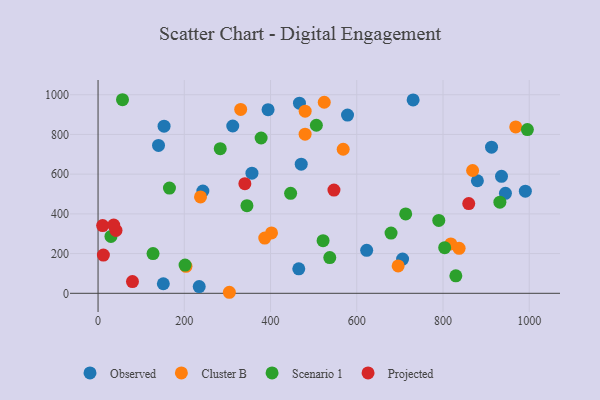
{"axis": {"x": "Distance", "y": "Rating"}, "legend": ["Cluster B", "Observed", "Projected", "Scenario 1"], "data": [{"x": "467.1", "y": 957.4, "type": "Observed"}, {"x": "578.6", "y": 897.6, "type": "Observed"}, {"x": "356.9", "y": 604.8, "type": "Observed"}, {"x": "234.6", "y": 33.7, "type": "Observed"}, {"x": "935.7", "y": 589.2, "type": "Observed"}, {"x": "394.3", "y": 925.0, "type": "Observed"}, {"x": "312.4", "y": 842.5, "type": "Observed"}, {"x": "140.2", "y": 744.9, "type": "Observed"}, {"x": "243.1", "y": 515.3, "type": "Observed"}, {"x": "991.0", "y": 514.3, "type": "Observed"}, {"x": "465.5", "y": 123.5, "type": "Observed"}, {"x": "153.1", "y": 841.9, "type": "Observed"}, {"x": "706.3", "y": 172.6, "type": "Observed"}, {"x": "912.6", "y": 736.1, "type": "Observed"}, {"x": "879.8", "y": 566.9, "type": "Observed"}, {"x": "623.0", "y": 216.6, "type": "Observed"}, {"x": "471.2", "y": 650.5, "type": "Observed"}, {"x": "730.7", "y": 974.1, "type": "Observed"}, {"x": "151.4", "y": 48.2, "type": "Observed"}, {"x": "944.8", "y": 503.6, "type": "Observed"}, {"x": "568.5", "y": 725.5, "type": "Cluster B"}, {"x": "480.2", "y": 801.4, "type": "Cluster B"}, {"x": "203.9", "y": 135.9, "type": "Cluster B"}, {"x": "330.8", "y": 926.1, "type": "Cluster B"}, {"x": "524.6", "y": 962.1, "type": "Cluster B"}, {"x": "480.3", "y": 917.0, "type": "Cluster B"}, {"x": "696.0", "y": 138.0, "type": "Cluster B"}, {"x": "237.6", "y": 485.4, "type": "Cluster B"}, {"x": "968.7", "y": 838.0, "type": "Cluster B"}, {"x": "402.3", "y": 304.3, "type": "Cluster B"}, {"x": "386.6", "y": 278.4, "type": "Cluster B"}, {"x": "837.4", "y": 226.6, "type": "Cluster B"}, {"x": "304.5", "y": 5.2, "type": "Cluster B"}, {"x": "818.2", "y": 248.8, "type": "Cluster B"}, {"x": "868.7", "y": 618.5, "type": "Cluster B"}, {"x": "521.9", "y": 265.3, "type": "Scenario 1"}, {"x": "56.7", "y": 974.9, "type": "Scenario 1"}, {"x": "345.3", "y": 441.5, "type": "Scenario 1"}, {"x": "829.8", "y": 88.0, "type": "Scenario 1"}, {"x": "283.4", "y": 728.2, "type": "Scenario 1"}, {"x": "127.5", "y": 200.3, "type": "Scenario 1"}, {"x": "713.5", "y": 399.8, "type": "Scenario 1"}, {"x": "506.3", "y": 846.4, "type": "Scenario 1"}, {"x": "537.4", "y": 179.8, "type": "Scenario 1"}, {"x": "931.9", "y": 458.9, "type": "Scenario 1"}, {"x": "29.9", "y": 286.5, "type": "Scenario 1"}, {"x": "679.5", "y": 303.5, "type": "Scenario 1"}, {"x": "790.2", "y": 366.9, "type": "Scenario 1"}, {"x": "803.9", "y": 230.0, "type": "Scenario 1"}, {"x": "446.6", "y": 503.4, "type": "Scenario 1"}, {"x": "995.7", "y": 824.7, "type": "Scenario 1"}, {"x": "165.6", "y": 530.1, "type": "Scenario 1"}, {"x": "378.2", "y": 782.1, "type": "Scenario 1"}, {"x": "201.8", "y": 142.3, "type": "Scenario 1"}, {"x": "10.6", "y": 341.3, "type": "Projected"}, {"x": "41.6", "y": 316.7, "type": "Projected"}, {"x": "340.5", "y": 552.2, "type": "Projected"}, {"x": "859.7", "y": 451.9, "type": "Projected"}, {"x": "12.4", "y": 192.4, "type": "Projected"}, {"x": "79.8", "y": 59.0, "type": "Projected"}, {"x": "547.1", "y": 520.0, "type": "Projected"}, {"x": "36.3", "y": 343.4, "type": "Projected"}]}